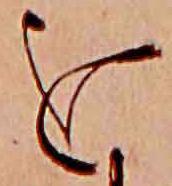
を